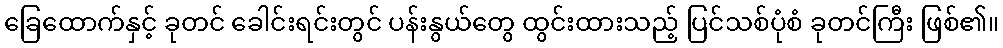
ခြေထောက်နှင့် ခုတင် ခေါင်းရင်းတွင် ပန်းနွယ်တွေ ထွင်းထားသည့် ပြင်သစ်ပုံစံ ခုတင်ကြီး ဖြစ်၏။